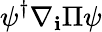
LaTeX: \psi^{\dagger}\nabla_{\mathbf{i}}\Pi\psi